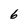
Character: 6